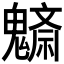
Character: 𩴚